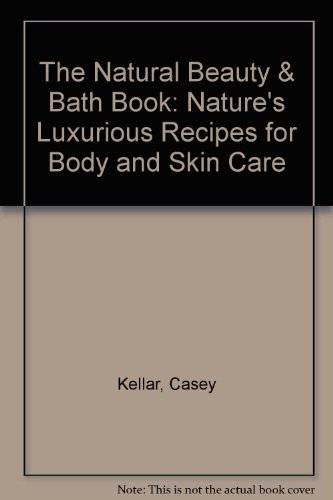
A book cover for The Natural Beauty & Bath Book: Nature's Luxurious Recipes for Body and Skin Care; Casey Kellar; Health, Fitness & Dieting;